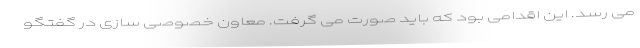
می رسد. این اقدامی بود که باید صورت می گرفت. معاون خصوصی سازی در گفتگو